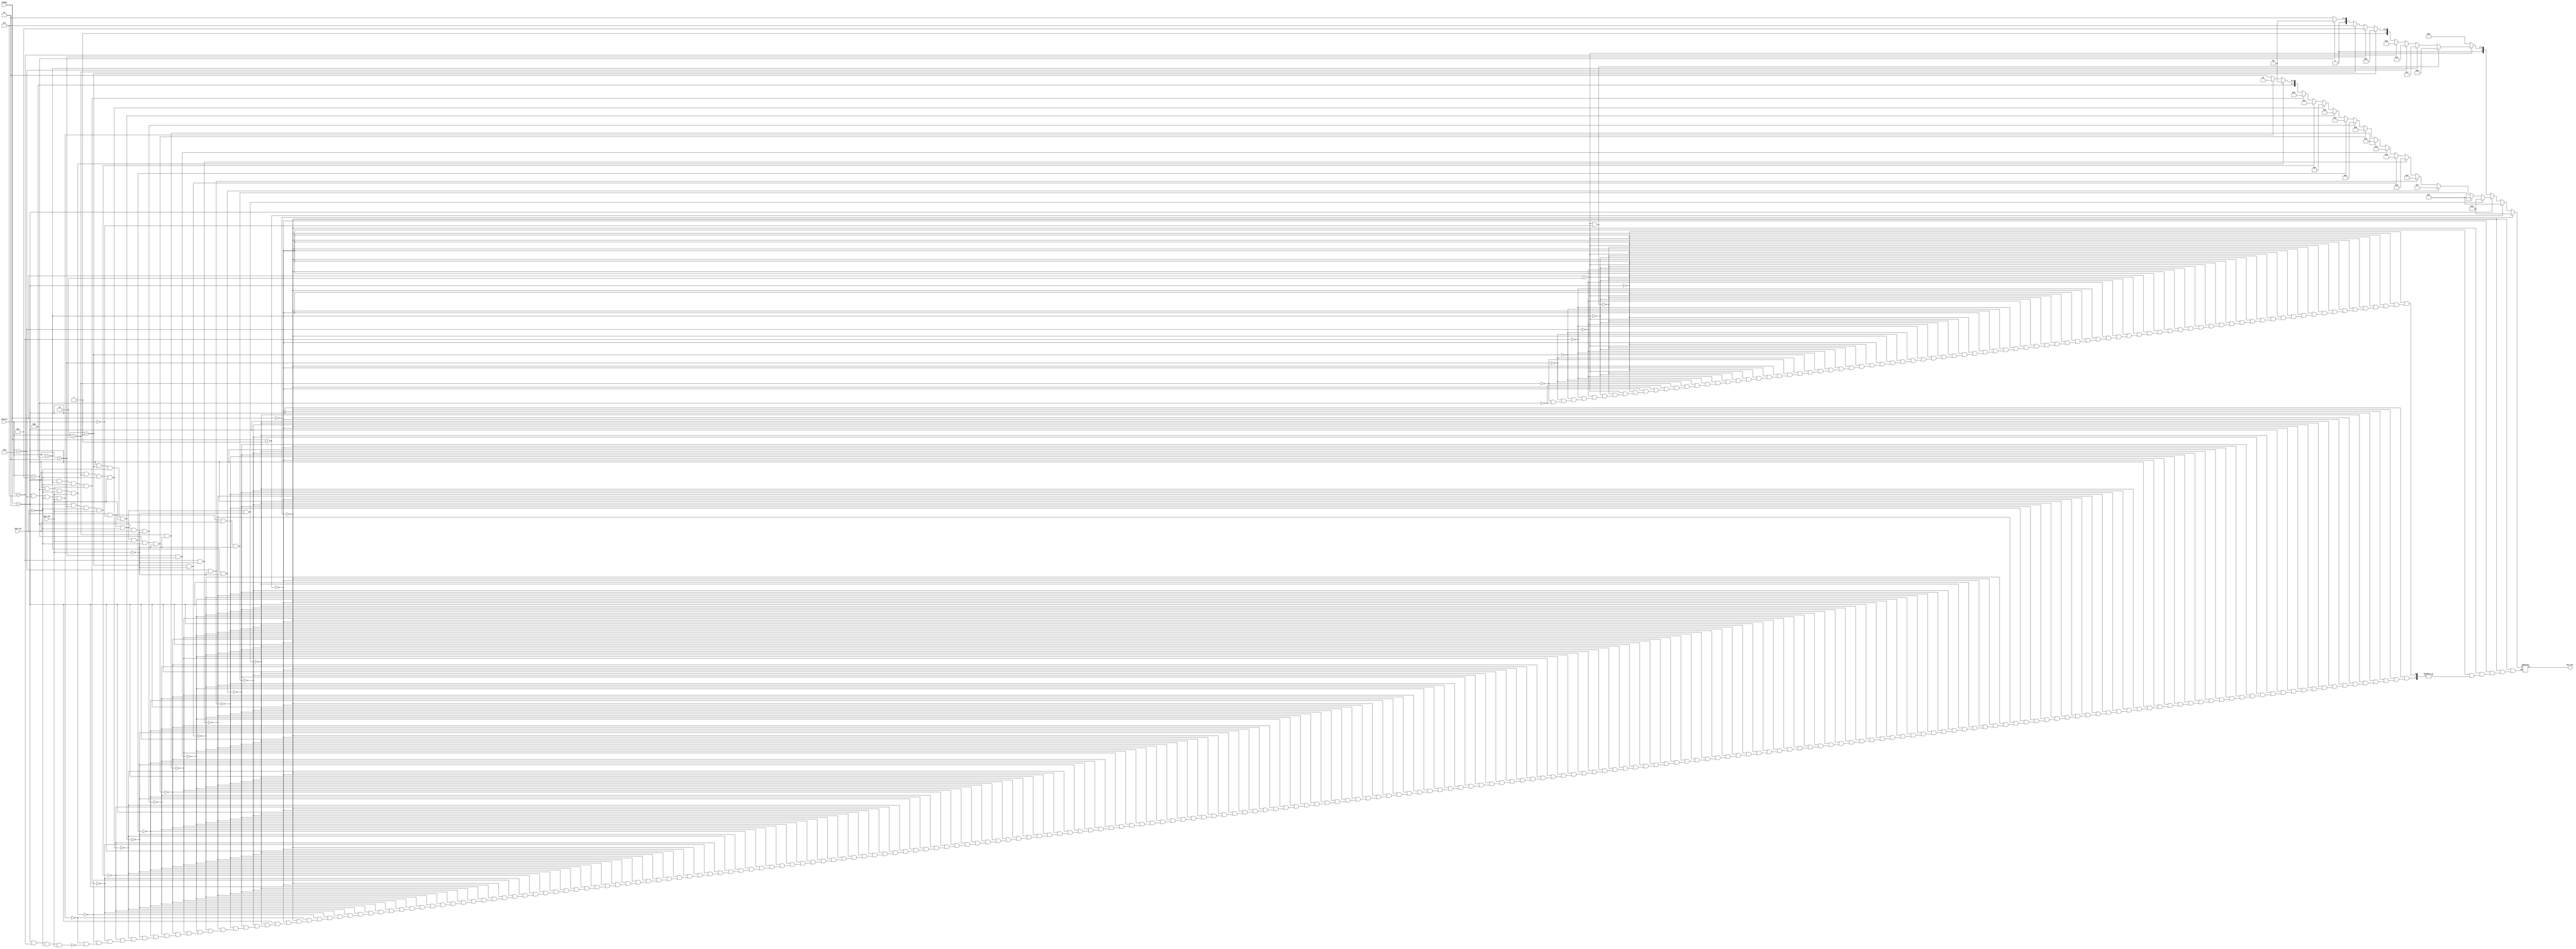
`timescale 1ns / 1ps
/*******************************************************************
*
* Module: alu_control.v
* Project: femtoRV32
* Description: Module for controlling the ALU operations based on ALUOp and funct3 signals.
*
**********************************************************************/


module alu_control(
    input[1:0] ALUOp,
    input [2:0] funct3,
    input Inst_30,
    input Inst_25,
    output reg[4:0] ALU_sel
    );
    
    always@(*) begin
        if(ALUOp==2'b00) //load and store
            ALU_sel = 5'b000_00;

        else if(ALUOp==2'b01) //branch
            ALU_sel = 5'b000_01;

        else if(ALUOp==2'b10) begin //R-tyoe and Mult

            if( (ALUOp==2'b10 && funct3==3'b000 && Inst_30==0 &&Inst_25==0 ) ) //add
                ALU_sel = 5'b000_00;
            else if(ALUOp==2'b10 && funct3==3'b000 && Inst_30==1&&Inst_25==0) //sub
                ALU_sel = 5'b000_01;
            else if(funct3==3'b100&&Inst_25==0) //xor 
                ALU_sel = 5'b001_11;
            else if(funct3==3'b110&&Inst_25==0) //or 
                ALU_sel = 5'b001_00;
            else if(funct3==3'b111&&Inst_25==0) //and
                ALU_sel = 5'b001_01;
            else if(funct3==3'b001&&Inst_25==0) //sll
                ALU_sel = 5'b010_01;
            else if(funct3==3'b010&&Inst_25==0) //SLT
                ALU_sel = 5'b011_01;
            else if(funct3==3'b011&&Inst_25==0) //SLTU
                ALU_sel = 5'b011_11;
            else if(funct3==3'b101 && Inst_30==0&&Inst_25==0) //srl 
                ALU_sel = 5'b010_00;
            else if(funct3==3'b101 && Inst_30==1&&Inst_25==0) //sra 
                ALU_sel = 5'b010_10;    
            else if(ALUOp==2'b10&&ALUOp==2'b10&&funct3==3'b000 && Inst_30==0&&Inst_25==1) //MUL
                ALU_sel = 5'b000_10; 
            else if(ALUOp==2'b10&&funct3==3'b001 && Inst_30==0&&Inst_25==1) //MULH
                ALU_sel = 5'b001_10; 
            else if(ALUOp==2'b10&&funct3==3'b011 && Inst_30==0&&Inst_25==1) //MULHU
                ALU_sel = 5'b010_11; 
             else if(ALUOp==2'b10&&funct3==3'b010 && Inst_30==0&&Inst_25==1) //MULHSU
                ALU_sel = 5'b011_00; 
             else if(ALUOp==2'b10&&funct3==3'b100 && Inst_30==0&&Inst_25==1) //DIV
                ALU_sel = 5'b011_10;
             else if(ALUOp==2'b10&&funct3==3'b101 && Inst_30==0&&Inst_25==1) //DIVU
                ALU_sel = 5'b100_00;
             else if(ALUOp==2'b10&&funct3==3'b110 && Inst_30==0&&Inst_25==1) //REM
                ALU_sel = 5'b100_01;
             else if(ALUOp==2'b10&&funct3==3'b111 && Inst_30==0&&Inst_25==1) //REMU
                ALU_sel = 5'b100_10;  
        end

        else if( ALUOp==2'b11) begin //I-type

            if( ALUOp==2'b11 && funct3==3'b000 ) // addi
                ALU_sel = 5'b000_00;
            else if(funct3==3'b100) // xori
                ALU_sel = 5'b001_11;
            else if(funct3==3'b110) //ori
                ALU_sel = 5'b001_00;
            else if(funct3==3'b111) // andi
                ALU_sel = 5'b001_01;
            else if(funct3==3'b001) // slli
                ALU_sel = 5'b010_01;
            else if(funct3==3'b010) //SLTI
                ALU_sel = 5'b011_01;
            else if(funct3==3'b011) //SLTIU
                ALU_sel = 5'b011_11;
            else if(funct3==3'b101 ) // srli
                ALU_sel = 5'b010_00;
            else if(funct3==3'b101) // srai
                ALU_sel = 5'b010_10;      
        end
        else
            ALU_sel = 4'b00_11; //The default case -ALU_PASS *need review*
    end  
  
endmodule